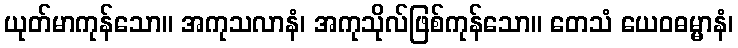
ယုတ်မာကုန်သော။ အကုသလာနံ၊ အကုသိုလ်ဖြစ်ကုန်သော။ တေသံ ယေဝဓမ္မာနံ၊